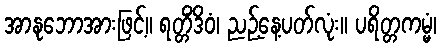
အာနုဘောအားဖြင့်။ ရတ္တိံဒိဝံ၊ ညဉ့်နေ့ပတ်လုံး။ ပရိတ္တကမ္မံ၊